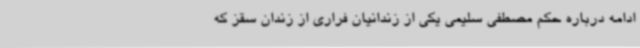
ادامه درباره حکم مصطفی سلیمی یکی از زندانیان فراری از زندان سقز که